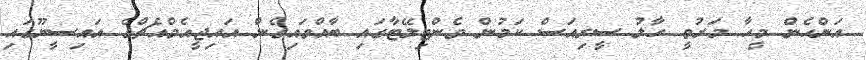
އަންހެން މީހާ މަރުވީ ހާލު ސީރިއަސް ކަމުން ވެންޓިލޭޓާގައި ބާއްވައިގެން އައިޖީއެމްއެޗްގެ އައިސީޔޫގައި